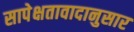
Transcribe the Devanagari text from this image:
सापेक्षतावादानुसार